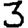
Digit: 3